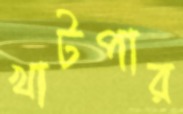
খাটপার